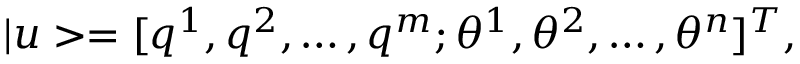
| u > = [ q ^ { 1 } , q ^ { 2 } , \dots , q ^ { m } ; \theta ^ { 1 } , \theta ^ { 2 } , \dots , \theta ^ { n } ] ^ { T } ,